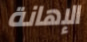
الإهانة